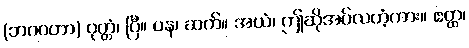
(ဘဂဝတာ) ဝုတ္တံ၊ ပြီ။ ပန၊ ဆက်။ အယံ၊ ဤဆိုအပ်လတံ့ကား။ ဧတ္ထ၊